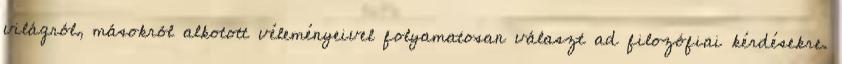
világról, másokról alkotott véleményeivel folyamatosan választ ad filozófiai kérdésekre.